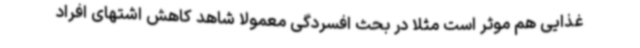
غذایی هم موثر است مثلا در بحث افسردگی معمولا شاهد کاهش اشتهای افراد